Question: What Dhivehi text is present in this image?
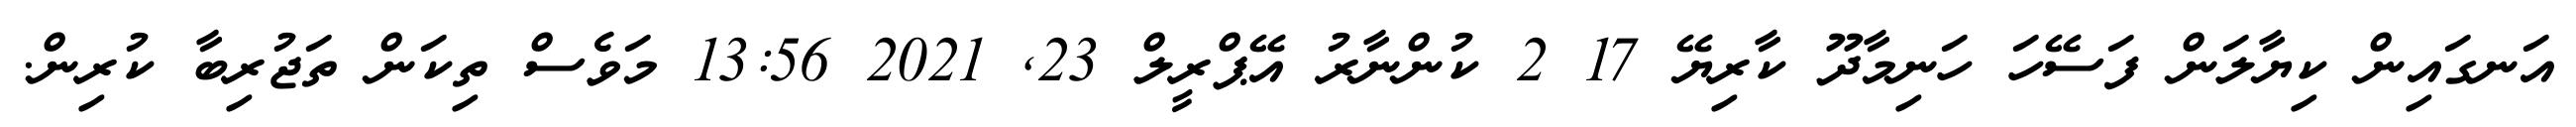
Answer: އަނގައިން ކިޔާލަން ފަސޭހަ ހަނިމާދޫ ކާރިޔޭ 17 2 ކުންނާރު އޭޕްރީލް 23, 2021 13:56 މަވެސް ތިކަން ތަޖުރިބާ ކުރިން.